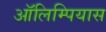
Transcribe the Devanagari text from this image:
ऑलिम्पियास